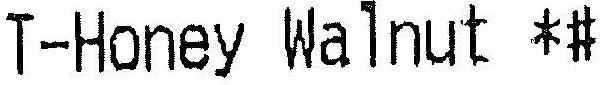
T-HONEY WALNUT *#